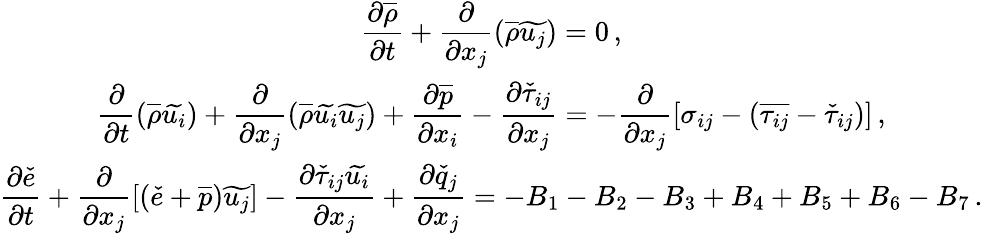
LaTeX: \begin{array}{c}{\displaystyle\frac{\partial\overline{{\rho}}}{\partial t}+\frac{\partial}{\partial x_{j}}\left(\overline{{\rho}}\widetilde{u_{j}}\right)=0\, \mathrm{,}}\\ {\displaystyle\frac{\partial}{\partial t}\left(\overline{{\rho}}\widetilde{u_{i}}\right)+\frac{\partial}{\partial x_{j}}\left(\overline{{\rho}}\widetilde{u_{i}}\widetilde{u_{j}}\right)+\frac{\partial\overline{{p}}}{\partial x_{i}}-\frac{\partial\check{\tau}_{ij}}{\partial x_{j}}=-\frac{\partial}{\partial x_{j}}\left[\sigma_{ij}-\left(\overline{{\tau_{ij}}}-\check{\tau}_{ij}\right)\right]\, \mathrm{,}}\\ {\displaystyle\frac{\partial\check{e}}{\partial t}+\frac{\partial}{\partial x_{j}}\left[\left(\check{e}+\overline{{p}}\right)\widetilde{u_{j}}\right]-\frac{\partial\check{\tau}_{ij}\widetilde{u_{i}}}{\partial x_{j}}+\frac{\partial\check{q}_{j}}{\partial x_{j}}=-B_{1}-B_{2}-B_{3}+B_{4}+B_{5}+B_{6}-B_{7}\, \mathrm{.}}\end{array}